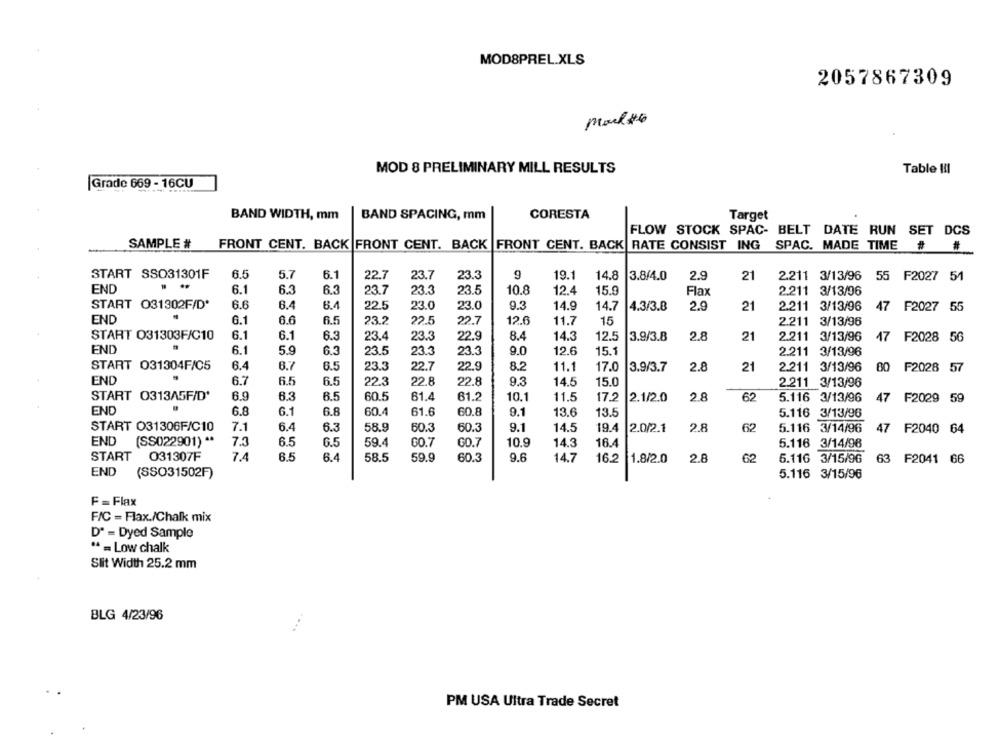
MOD8PREL.XLS
2057867309
MOD 8 PRELIMINARY MILL RESULTS
Table H!I
Grade 669 - 16CU
BAND WIDTH, mm
BAND SPACING, mm
CORESTA
Target
FLOW STOCK SPAC- BELT DATE RUN SET DCS
SAMPLE #
FRONT CENT. BACK FRONT CENT. BACK FRONT CENT. BACK RATE CONSIST ING SPAC. MADE TIME # #
6.5
5.7
6.1
22.7
23.7
23.3
9
19.1
START SSO31301F
14.8
3.8/4.0
2.9
21
2.211 3/13/96 55 F2027 51
END
6.1
23.5
10.8
12.4
6.3
6.3
23.7
23.3
15.9
Flax
2.211 3/13/06
START 031302F/D'
6.6
22.5
23.0
23.0
9.3
14.9
6.4
6.4
14.7
4.3/3.8
2.9
21
2.211 3/13/96
47 F2027 55
END
22.5
6.1
6.6
6.5
23.2
22.7
12.6
11.7
15
2.211 3/13/96
START 031303F/C10
6.1
6.1
6.3
23.4
23.3
22.9
8.4
14.3
12.5
3.9/3.8
2.8
21
2.211 3/13/96
F2028 56
END
6.1
5.9
6.3
23.5
23.3
23.3
9.0
12.6
15.1
2.211 3/13/96
START 031304F/C5
6.4
6.7
6.5
23.3
22.7
22.9
8.2
11.1
17.0
3.9/3.7
2.8
21
2.211 3/13/96
80 F2028 57
END
6.7
6.5
6.5
22.3
22.8
22.8
9.3
14.5
15.0
2.211 3/13/96
START 0313A5F/D'
6.9
6.3
6.5
60.5
61.4
61.2
10.1
11.5
17.2
2.1/2.0
2.8
62
5.116 3/13/96
47
F2029 59
END
6.8
6.1
6.8
60.4
61.6
60.8
9.1
13.6
13.5
5.116 3/13/96
START 031306F/C10
7.1
6.4
6.3
58.9
60.3
60.3
9.1
14.5
19.4
2.0/2.1
2.8
62
5.116 3/14/96
47
F2040 64
END
(SS022901) **
7.3
6.5
6.5
59.4
GO.7
GO.7
10.9
14.3
16.4
5.116 3/14/96
START
031307F
7.4
6.5
6.4
58.5
59.9
60.3
9.6
14.7
16.2
1.8/2.0
2.8
62
5.116 3/15/96
63 F2041 66
END
(SSO31502F)
5.116 3/15/96
F = Flax
F/C = Flax./Chalk mix
Dª = Dyed Sample
" = Low chalk
Slit Width 25.2 mm
BLG 4/23/96
PM USA Ultra Trade Secret